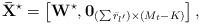
LaTeX: \begin{align*} {{\bf{\bar X}}^{\star}} = \left[ {{{\bf{W}}^{\star}},{{\bf{0}}_{\left( {\sum {{{\bar r}_{l'}}} } \right) \times \left( {{M_t} - K} \right)}}} \right], \end{align*}